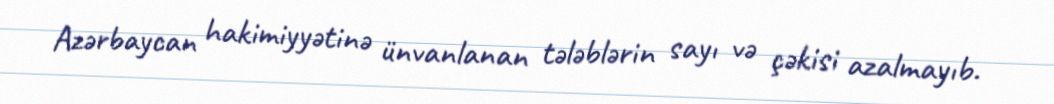
Azərbaycan hakimiyyətinə ünvanlanan tələblərin sayı və çəkisi azalmayıb.